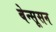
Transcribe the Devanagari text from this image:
बेन्सूसन